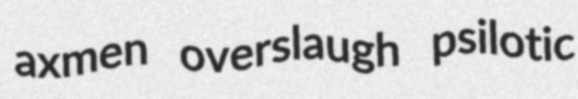
axmen overslaugh psilotic